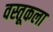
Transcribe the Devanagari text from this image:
वस्तूकला